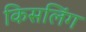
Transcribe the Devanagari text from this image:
किसलिंग